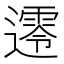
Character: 𨗺